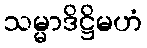
သမ္မာဒိဋ္ဌိမဟံ